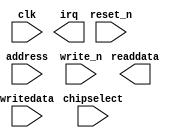
module timer_1 (
		input  wire        clk,        //   clk.clk
		input  wire        reset_n,    // reset.reset_n
		input  wire [3:0]  address,    //    s1.address
		input  wire [15:0] writedata,  //      .writedata
		output wire [15:0] readdata,   //      .readdata
		input  wire        chipselect, //      .chipselect
		input  wire        write_n,    //      .write_n
		output wire        irq         //   irq.irq
	);
endmodule